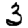
Digit: 3